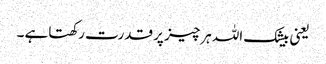
یعنی بیشک اللہ ہرچیز پر قدرت رکھتاہے ۔